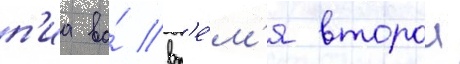
п'иа во́ вр'е́м'я второи